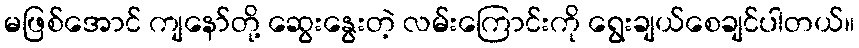
မဖြစ်အောင် ကျနော်တို့ ဆွေးနွေးတဲ့ လမ်းကြောင်းကို ရွေးချယ်စေချင်ပါတယ်။